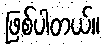
ဖြစ်ပါတယ်။